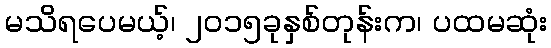
မသိရပေမယ့်၊ ၂၀၁၅ခုနှစ်တုန်းက၊ ပထမဆုံး